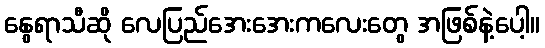
နွေရာသီဆို လေပြည်အေးအေးကလေးတွေ အဖြစ်နဲ့ပေါ့။